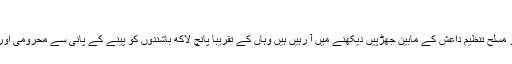
بغداد – لندن: "الشرق الاوسط”
شمالی عراق میں موصل شہر کہ جہاں عراقی افواج اور مسلح تنظیم داعش کے مابین جھڑپیں دیکھنے میں آ رہیں ہیں وہاں کے تقریبا پانچ لاکھ باشندوں کو پینے کے پانی سے محرومی اور بجلی غائب ہونے سے "سخت مشکلات” کا سامنا ہے۔